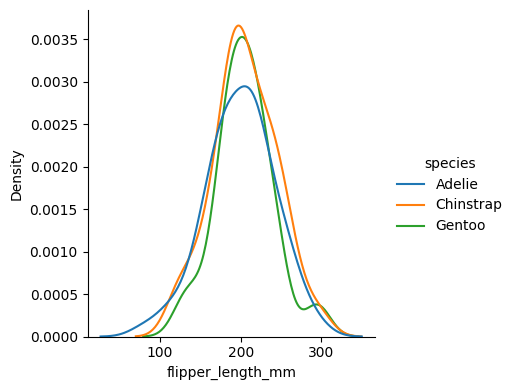
python, seaborn, displot, kind='kde', column='flipper_length_mm', hue='species', height=4, aspect=1.0